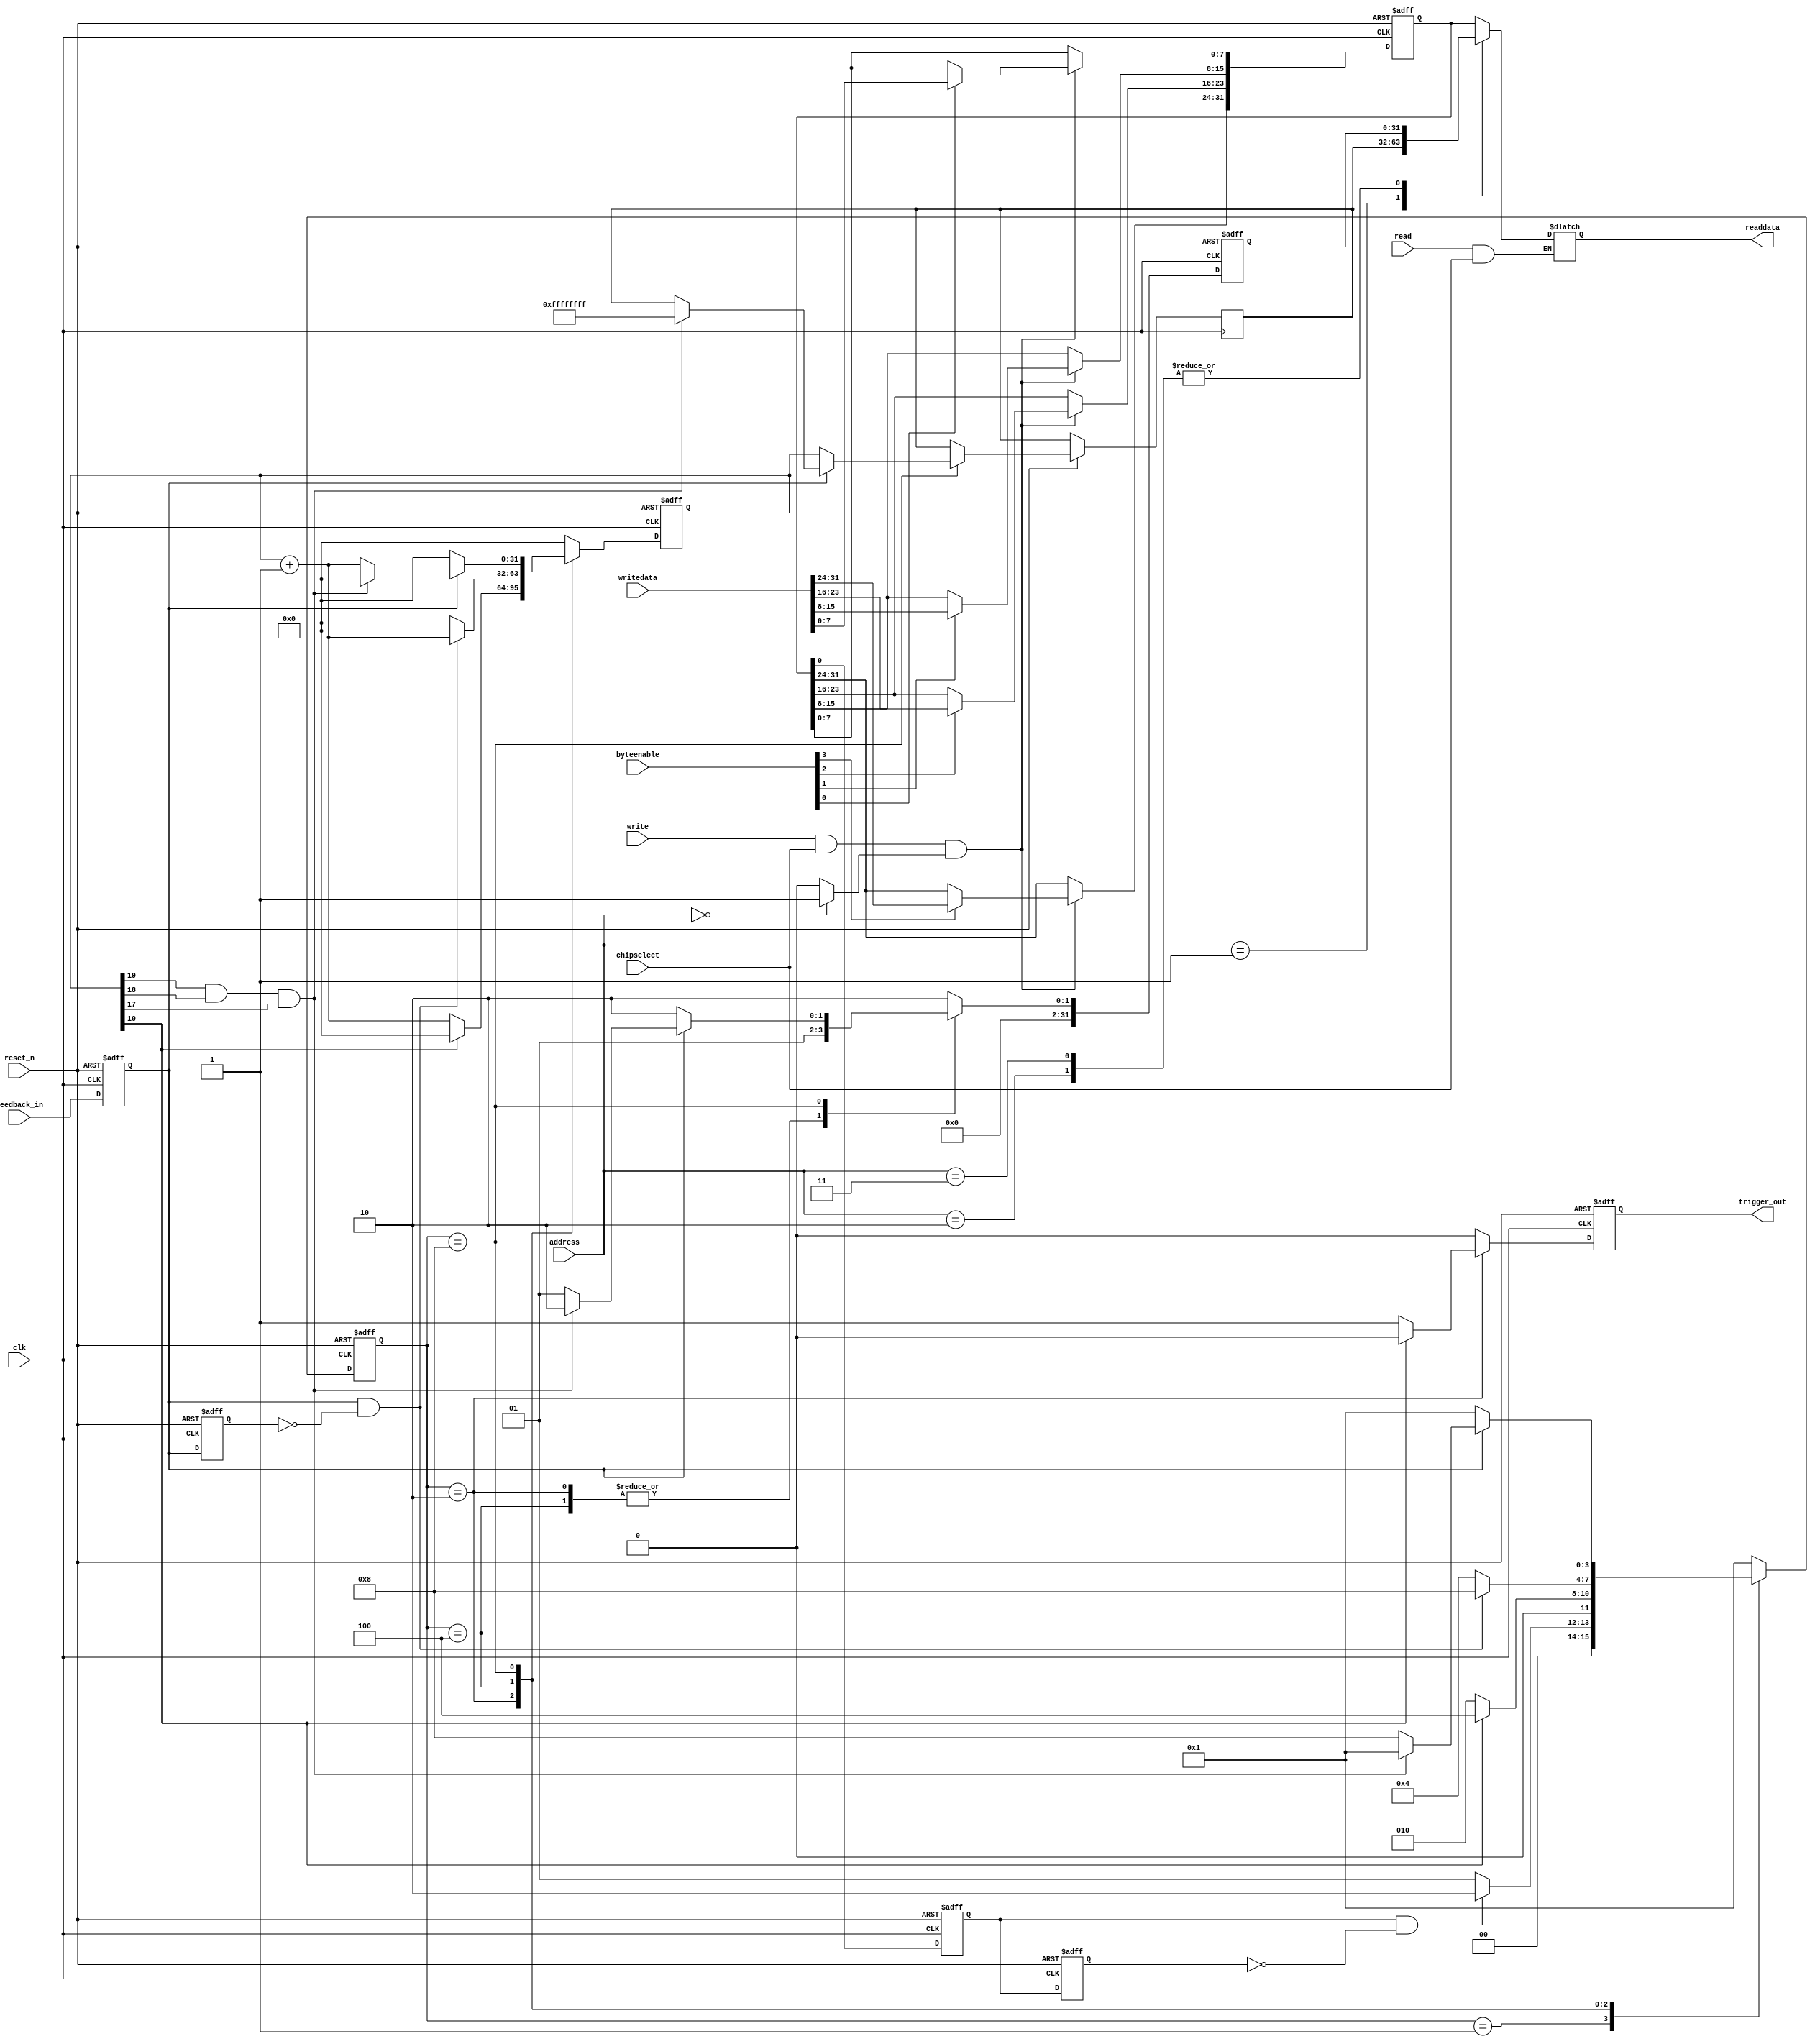
/*---------------------------------------------------------------
Ultrasound Interface
features: Measure the distance
This code is designed by Gang Chen and is verified by Biao Hu.
Author: Gang CHEN @ TUM 
Copyritht: the copyright of this IP is belong to Gang CHEN.
Correspongding: cheng@in.tum.de hub@in.tum.de
-----------------------------------------------------------------*/
module Ultrasound_interface(clk,reset_n,chipselect,address,write,writedata,read,byteenable,readdata,trigger_out,feedback_in);
parameter idle=4'b0001, trigger=4'b0010, wait_feedback=4'b0100, measure_feedback=4'b1000;
input clk;
input reset_n;
input chipselect;
input [1:0]address; 
input write;  
input [31:0] writedata;  
input read;  
input [3:0] byteenable;  
output reg [31:0] readdata; 
input feedback_in; 
output  reg trigger_out;

reg [31:0] control_reg; 
reg [31:0] distance_count; 
reg [31:0] state_reg; 

reg  control_reg_sel;   
reg  distance_count_sel;   
reg  state_reg_sel; 

reg feedback_in1;
reg feedback_in2;

wire start_bit;
assign start_bit=control_reg[0];

reg trig0, trig1;
reg [31:0] tri_count; //20us   50*20=1000
reg [3:0] state;
//function apart
always@(posedge clk or negedge reset_n)
	begin 
		if(!reset_n)
			begin
				trig0<=0;
				trig1<=0;
			end
		else
			begin
				trig0<=start_bit;
				trig1<=trig0;
			end
	end

always@(posedge clk or negedge reset_n)
	begin 
		if(!reset_n)
			begin
				feedback_in1<=0;
				feedback_in2<=0;
			end
		else
			begin
				feedback_in1<=feedback_in;
				feedback_in2<=feedback_in1;
			end
	end	


always@(posedge clk or negedge reset_n)
	begin 
		if(!reset_n)
			begin
				state<=idle;
				tri_count<=0;
				trigger_out<=0;
				state_reg<=2;
			end
		else
			begin
				case(state)
					idle:
						begin
							tri_count<=0;
							trigger_out<=0;
							state_reg<=2;
							if(trig0==1&&trig1==0)
								begin
									state<=trigger;
								end
							else
								begin
									state<=idle;
								end
						end
					trigger:
						begin
							state_reg<=1; //bit 0: busy state; bit 1: data is ready
							if(tri_count[10])  //1024 count is greater than 10us, 50*20=1000
								begin
									trigger_out<=0;
									tri_count<=0;
									state<=wait_feedback;
								end
							else
								begin
									trigger_out<=1;
									tri_count<=tri_count+1;
									state<=trigger;
								end
						end
					wait_feedback:
						begin
							state_reg<=1; //bit 0: busy state; bit 1: data is ready
							trigger_out<=0;
							if(feedback_in1==1&&feedback_in2==0)
								begin
									tri_count<=tri_count+1;
									state<=measure_feedback;
								end
							else
								begin
									state<=wait_feedback;
									tri_count<=0;
								end
						end
					measure_feedback:
						begin
							trigger_out<=0;
							if(feedback_in1==1)
								begin
									if(tri_count[19]&&tri_count[18]&&tri_count[17])
										begin
											distance_count<=-1;
											tri_count<=0;
											state<=idle;
											state_reg<=2;
										end
									else
										begin
											tri_count<=tri_count+1;
											state<=measure_feedback;
											state_reg<=1;//data is ready
										end
									
								end
							else
								begin
									distance_count<=tri_count;
									tri_count<=0;
									state<=idle;
									state_reg<=2;//bit 0: busy state; bit 1: data is ready
								end
						end
					default:
					   begin
							state<=idle;
							tri_count<=0;
							trigger_out<=0;
							state_reg<=2;
						end
				endcase
			end
	end

//bus interface
always @ (address)  
begin  
	control_reg_sel<=0;   
	distance_count_sel<=0;   
	state_reg_sel<=0; 
    case(address)  
        2'b00:control_reg_sel<=1;  
        2'b01:distance_count_sel<=1;
        2'b10:state_reg_sel<=1;  
		2'b11:state_reg_sel<=1;	//default value
     endcase  
end 

//wirte control register 
always @ (posedge clk or negedge reset_n)  
begin  
	if(!reset_n)   
		control_reg<=0;  
	else 
		begin
			if(write & chipselect & control_reg_sel)  
				begin  
				if(byteenable[0])  control_reg[7:0]<=writedata[7:0]; 
				if(byteenable[1])  control_reg[15:8]<=writedata[15:8];
				if(byteenable[2])  control_reg[23:16]<=writedata[23:16];
				if(byteenable[3])  control_reg[31:24]<=writedata[31:24];
				end  
		end  
end


//read register 
always @ (address or read or control_reg or distance_count or state_reg or chipselect)  
begin  
    if(read & chipselect)  
         case(address)  
             2'b00:
				begin
				readdata<=control_reg;
				end				
            2'b01:
				begin
				readdata<=distance_count;
				end				
             2'b10:
				begin
				readdata<=state_reg;
				end				
            2'b11:
				begin
				readdata<=state_reg; //default value
				end
         endcase   
end
endmodule